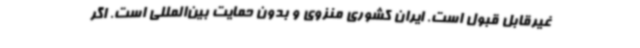
غیرقابل قبول است. ایران کشوری منزوی و بدون حمایت بین‌المللی است. اگر